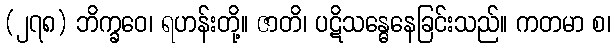
(၂၇၈) ဘိက္ခဝေ၊ ရဟန်းတို့။ ဇာတိ၊ ပဋိသန္ဓေနေခြင်းသည်။ ကတမာ စ၊